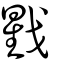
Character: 戥